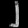
Digit: ၂